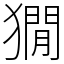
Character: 𤡥